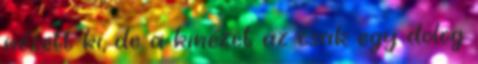
nézett ki, de a kinézet az csak egy dolog